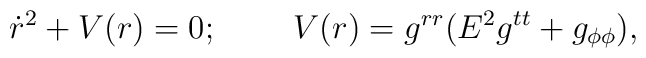
\dot{r}^2+V(r)=0;\;\;\;\;\;\;\;\;V(r)=g^{rr}(E^2g^{tt}+g_{\phi\phi}),